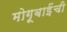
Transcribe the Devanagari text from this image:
मोगूबाईंची